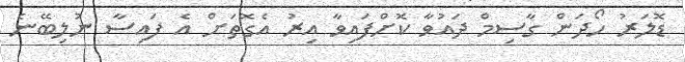
ޑޮލަރު ހޯދަން ގާސިމް ދައުވާ ކޮށްފައިވާ އިރު އެގޮތަށް އެ ފައިސާ ނުލިބޭނެ